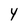
Character: Y